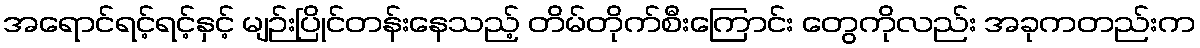
အရောင်ရင့်ရင့်နှင့် မျဉ်းပြိုင်တန်းနေသည့် တိမ်တိုက်စီးကြောင်း တွေကိုလည်း အခုကတည်းက